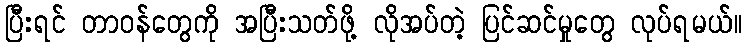
ပြီးရင် တာဝန်တွေကို အပြီးသတ်ဖို့ လိုအပ်တဲ့ ပြင်ဆင်မှုတွေ လုပ်ရမယ်။